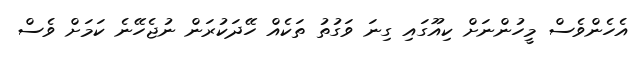
އެހެންވެސް މީހުންނަށް ކިއޫގައި ގިނަ ވަގުތު ތަކެއް ހޭދަކުރަން ނުޖެހޭނެ ކަމަށް ވެސް